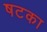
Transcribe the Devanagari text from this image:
षटका